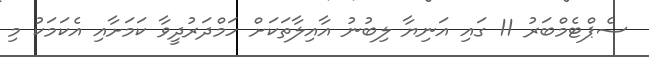
ސެޕްޓެމްބަރު 11 ގައި އަނިޔާ ލިބުނު އާއިލާތަކަށް ހަމްދަރުދީވާ ކަމަށާއި އެކަމަކު މި